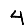
Digit: 4